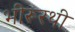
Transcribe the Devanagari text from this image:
भीरूरथी